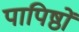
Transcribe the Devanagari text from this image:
पापिष्ठों